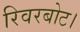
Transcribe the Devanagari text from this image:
रिवरबोट।